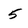
Character: 5